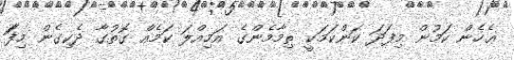
ޢެހެން ކަމުން މިފަދަ ކަންކަމަކީ ތިމާމެންގެ އަމިއްލަ ކަމެއް ގޮތުގާ ދެކިގެން މިފަަ